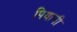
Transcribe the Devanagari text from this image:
पियानी